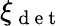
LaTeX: \xi_{\mathrm{~d~e~t~}}